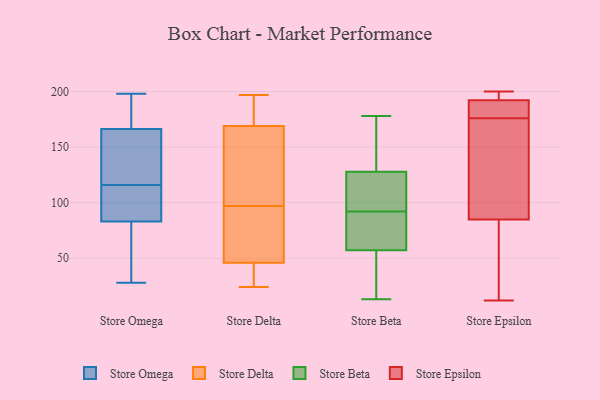
{"axis": {"x": "Temperature (°C)", "y": "Value"}, "legend": ["Store Beta", "Store Delta", "Store Epsilon", "Store Omega"], "data": [{"x": "", "y": 63, "type": "Store Omega"}, {"x": "", "y": 116, "type": "Store Omega"}, {"x": "", "y": 129, "type": "Store Omega"}, {"x": "", "y": 40, "type": "Store Omega"}, {"x": "", "y": 111, "type": "Store Omega"}, {"x": "", "y": 169, "type": "Store Omega"}, {"x": "", "y": 198, "type": "Store Omega"}, {"x": "", "y": 78, "type": "Store Omega"}, {"x": "", "y": 98, "type": "Store Omega"}, {"x": "", "y": 28, "type": "Store Omega"}, {"x": "", "y": 185, "type": "Store Omega"}, {"x": "", "y": 154, "type": "Store Omega"}, {"x": "", "y": 105, "type": "Store Omega"}, {"x": "", "y": 158, "type": "Store Omega"}, {"x": "", "y": 194, "type": "Store Omega"}, {"x": "", "y": 106, "type": "Store Delta"}, {"x": "", "y": 24, "type": "Store Delta"}, {"x": "", "y": 180, "type": "Store Delta"}, {"x": "", "y": 152, "type": "Store Delta"}, {"x": "", "y": 99, "type": "Store Delta"}, {"x": "", "y": 44, "type": "Store Delta"}, {"x": "", "y": 48, "type": "Store Delta"}, {"x": "", "y": 184, "type": "Store Delta"}, {"x": "", "y": 42, "type": "Store Delta"}, {"x": "", "y": 195, "type": "Store Delta"}, {"x": "", "y": 158, "type": "Store Delta"}, {"x": "", "y": 60, "type": "Store Delta"}, {"x": "", "y": 78, "type": "Store Delta"}, {"x": "", "y": 39, "type": "Store Delta"}, {"x": "", "y": 95, "type": "Store Delta"}, {"x": "", "y": 197, "type": "Store Delta"}, {"x": "", "y": 67, "type": "Store Beta"}, {"x": "", "y": 40, "type": "Store Beta"}, {"x": "", "y": 94, "type": "Store Beta"}, {"x": "", "y": 117, "type": "Store Beta"}, {"x": "", "y": 151, "type": "Store Beta"}, {"x": "", "y": 178, "type": "Store Beta"}, {"x": "", "y": 169, "type": "Store Beta"}, {"x": "", "y": 13, "type": "Store Beta"}, {"x": "", "y": 117, "type": "Store Beta"}, {"x": "", "y": 166, "type": "Store Beta"}, {"x": "", "y": 120, "type": "Store Beta"}, {"x": "", "y": 87, "type": "Store Beta"}, {"x": "", "y": 19, "type": "Store Beta"}, {"x": "", "y": 79, "type": "Store Beta"}, {"x": "", "y": 39, "type": "Store Beta"}, {"x": "", "y": 63, "type": "Store Beta"}, {"x": "", "y": 92, "type": "Store Beta"}, {"x": "", "y": 180, "type": "Store Epsilon"}, {"x": "", "y": 62, "type": "Store Epsilon"}, {"x": "", "y": 200, "type": "Store Epsilon"}, {"x": "", "y": 190, "type": "Store Epsilon"}, {"x": "", "y": 195, "type": "Store Epsilon"}, {"x": "", "y": 12, "type": "Store Epsilon"}, {"x": "", "y": 167, "type": "Store Epsilon"}, {"x": "", "y": 193, "type": "Store Epsilon"}, {"x": "", "y": 83, "type": "Store Epsilon"}, {"x": "", "y": 176, "type": "Store Epsilon"}, {"x": "", "y": 90, "type": "Store Epsilon"}]}